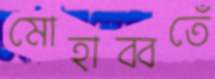
মোহাব্বতেঁ